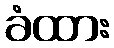
ခံထား